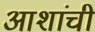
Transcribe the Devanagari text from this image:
आशांची